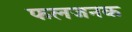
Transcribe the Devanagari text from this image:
फलजनक